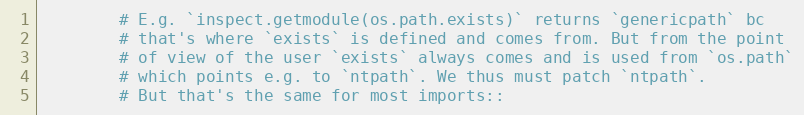
Language: Python
        # E.g. `inspect.getmodule(os.path.exists)` returns `genericpath` bc
        # that's where `exists` is defined and comes from. But from the point
        # of view of the user `exists` always comes and is used from `os.path`
        # which points e.g. to `ntpath`. We thus must patch `ntpath`.
        # But that's the same for most imports::